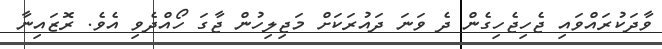
ވާދަކުރައްވައި ޖެހިޖެހިގެން ދެ ވަނަ ދައުރަކަށް މަޖިލިހުން ޖާގަ ހޯއްދެވި އެވެ. ރޮޒައިނާ